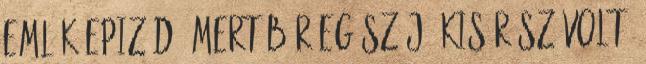
emlék epizód, mert bár egész jó kis rész volt,